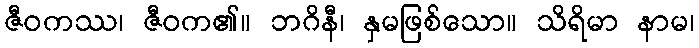
ဇီဝကဿ၊ ဇီဝက၏။ ဘဂိနီ၊ နှမဖြစ်သော။ သိရိမာ နာမ၊